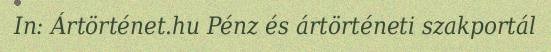
In: Ártörténet.hu Pénz és ártörténeti szakportál